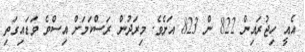
އެއީ ހިޖުރައިން 822 ން 823 އަށެވެ. މިރަދުން ރަސްކަމަށް އިސްވެ ވަޑައިގަތި